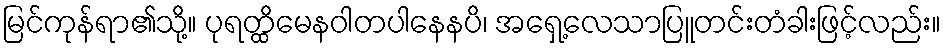
မြင်ကုန်ရာ၏သို့။ ပုရတ္ထိမေနဝါတပါနေနပိ၊ အရှေ့လေသာပြူတင်းတံခါးဖြင့်လည်း။